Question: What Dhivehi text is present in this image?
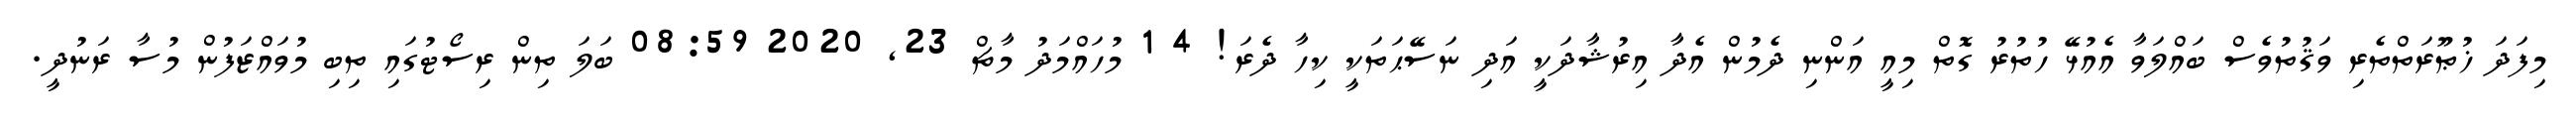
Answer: މިފަދަ ޚުޠޫރަތްތެރި ވަޤުތުވެސް ބައްލަވާ އެއުޅޭ ހުތުރު ގޮތް މިއީ އަންނި ދެމުން އެދާ އިރުޝާދަކީ އަދި ނަސޭޙަތަކީ ކިހާ ދެރަ! 4 1 މުހައްމަދު މާޗް 23, 2020 08:59 ބަލަ ތިން ރިސޯޓުގައި ތިބި މުވައްޒަފުން މުސާ ރަނުދީ.